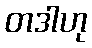
တဒါဟု